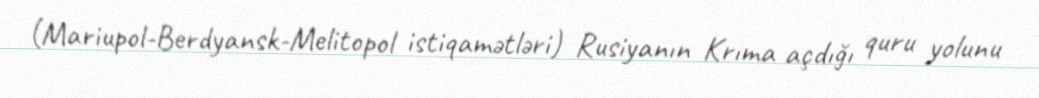
(Mariupol-Berdyansk-Melitopol istiqamətləri) Rusiyanın Krıma açdığı quru yolunu